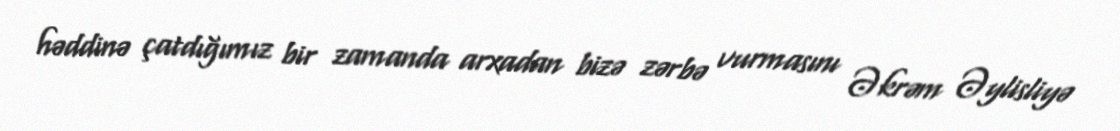
həddinə çatdığımız bir zamanda arxadan bizə zərbə vurmasını Əkrəm Əylisliyə